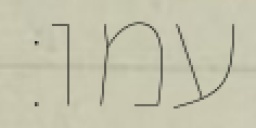
עמו׃